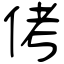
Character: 侤